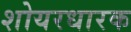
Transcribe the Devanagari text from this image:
शोयरधारक